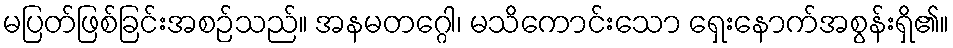
မပြတ်ဖြစ်ခြင်းအစဉ်သည်။ အနမတဂ္ဂေါ၊ မသိကောင်းသော ရှေးနောက်အစွန်းရှိ၏။